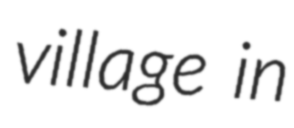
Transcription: village in